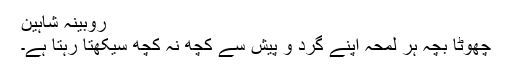
روبینہ شاہین
چھوٹا بچہ ہر لمحہ اپنے گرد و پیش سے کچھ نہ کچھ سیکھتا رہتا ہے۔